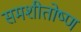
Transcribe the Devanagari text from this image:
समशीतोष्‍ण